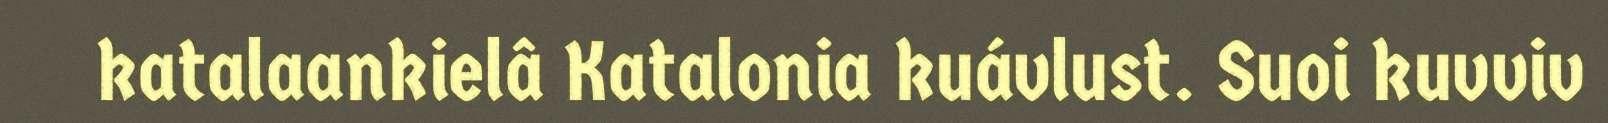
katalaankielâ Katalonia kuávlust. Suoi kuvviv